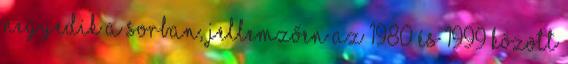
negyedik a sorban, jellemzően az 1980 és 1999 között